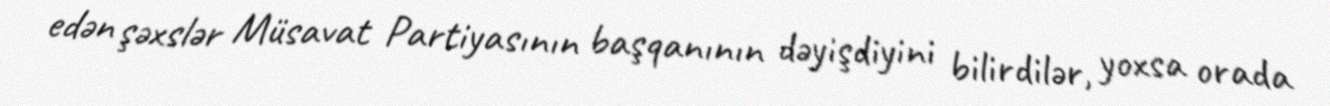
edən şəxslər Müsavat Partiyasının başqanının dəyişdiyini bilirdilər, yoxsa orada